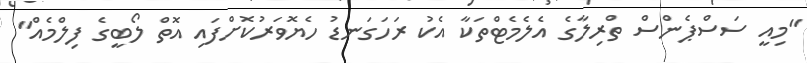
"މިއީ ސަސްޕެންސް ތްރިލާގެ އެލެމެޓްތަކާ އެކު ރަހަގަނޑު ހެޔޮވަރުކޮށްފައި އޮތް ލޯބީގެ ފިލްމެއް"